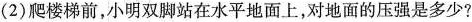
(2)爬楼梯前，小明双脚站在水平地面上，对地面的压强是多少?